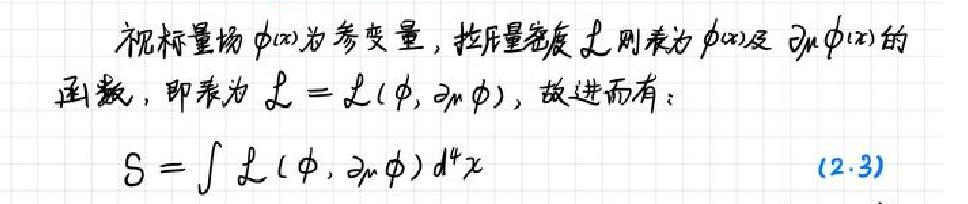
视标量场\(\phi(x)\)为参变量，拉氏量密度\(\mathcal{L}\)则表为\(\phi(x)\)及\(\partial_{\mu}\phi(x)\)的函数，即表为\(\mathcal{L}=\mathcal{L}(\phi,\partial_{\mu}\phi)\)，故进而有：

\[S=\int\mathcal{L}(\phi,\partial_{\mu}\phi)d^{4}x\tag{2.3}\]